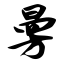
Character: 曼